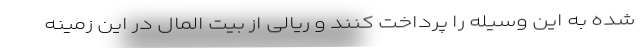
شده به این وسیله را پرداخت کنند و ریالی از بیت المال در این زمینه